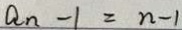
a _ { n } - 1 = n - 1